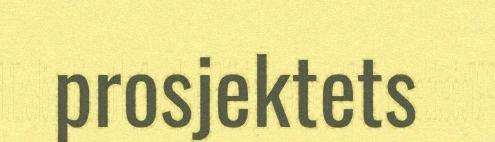
prosjektets